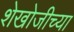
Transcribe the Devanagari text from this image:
शेखोजीच्या